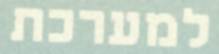
למערכת